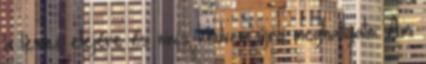
a lemez elejére és nincs kedvem újra meghallgatni. Ami